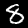
Label: 8